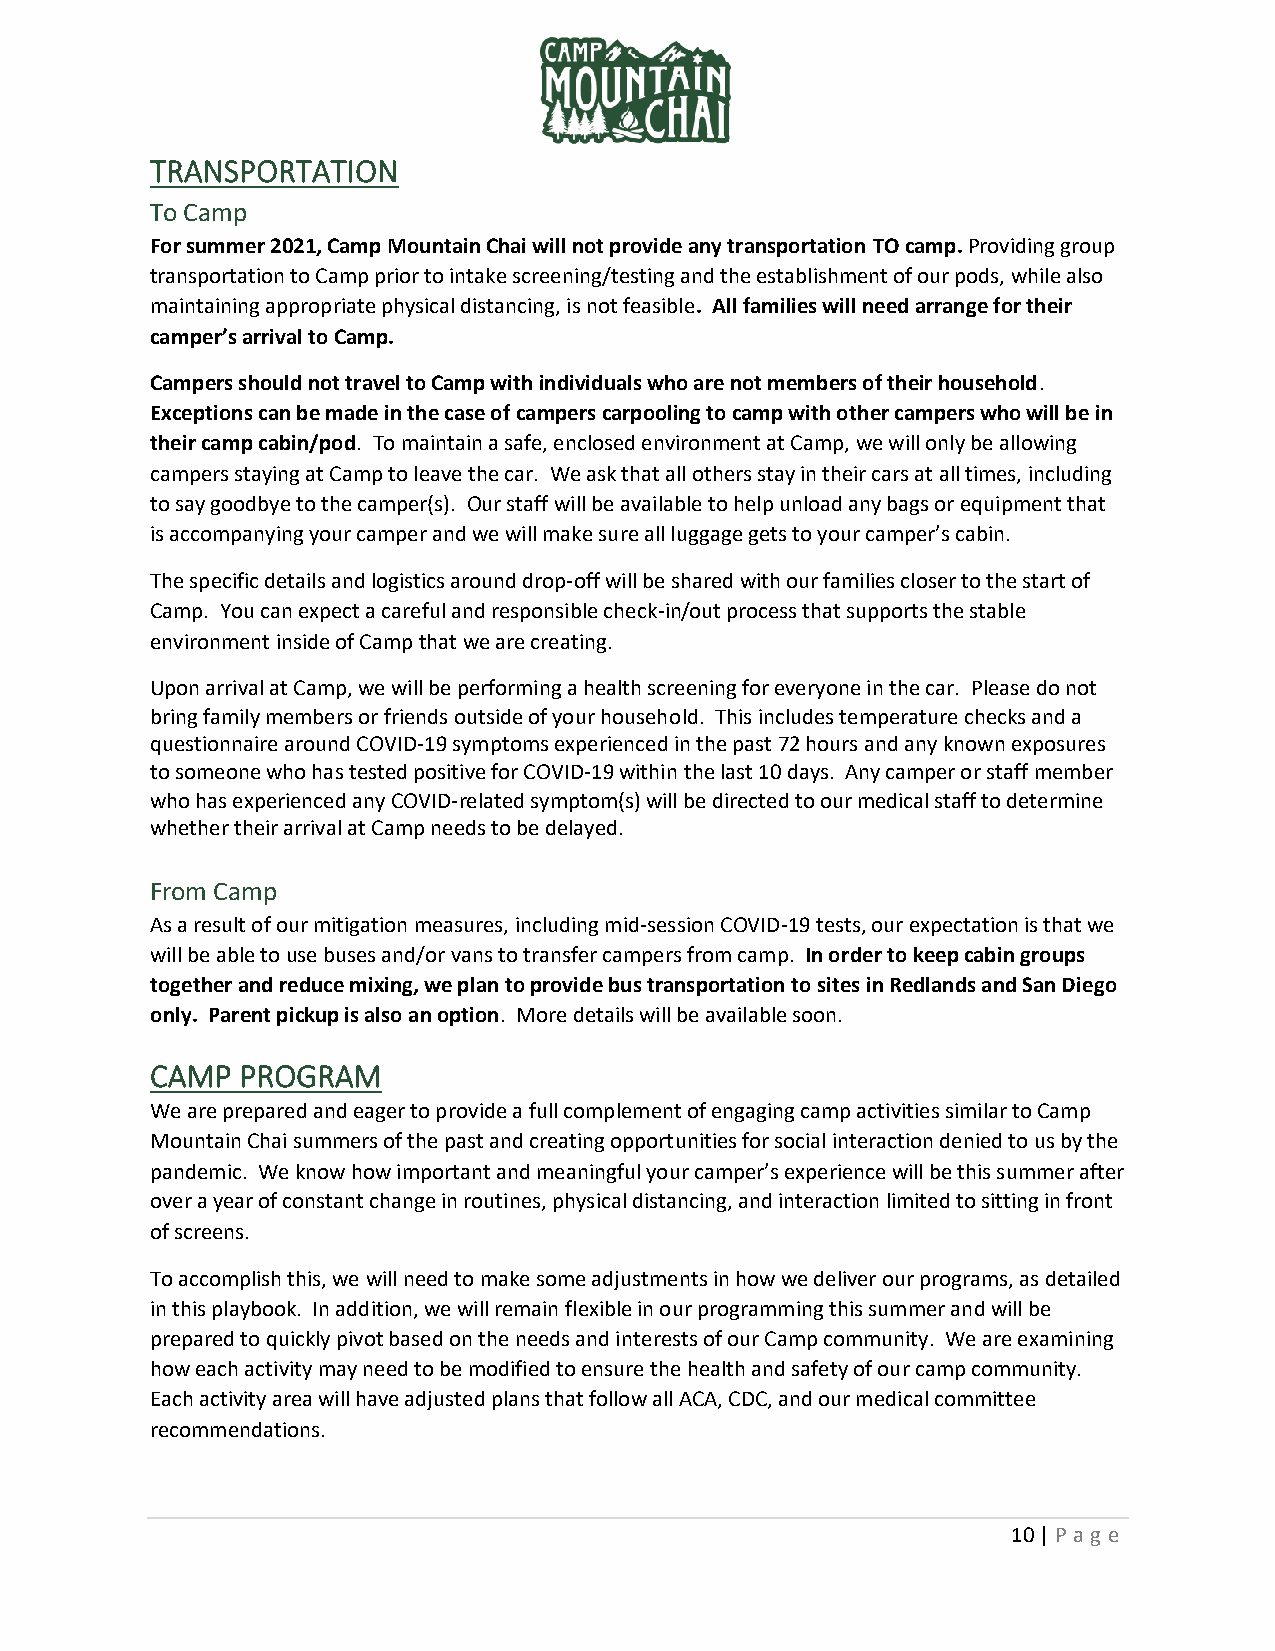
TRANSPORTATION
 To Camp
 For summer 2021, Camp Mountain Chai will not provide any transportation TO camp. Providing group
 transportation to Camp prior to intake screening/testing and the establishment of our pods, while also
 maintaining appropriate physical distancing, is not feasible. All families will need arrange for their
 camper’s arrival to Camp.
 Campers should not travel to Camp with individuals who are not members of their household.
 Exceptions can be made in the case of campers carpooling to camp with other campers who will be in
 their camp cabin/pod. To maintain a safe, enclosed environment at Camp, we will only be allowing
 campers staying at Camp to leave the car. We ask that all others stay in their cars at all times, including
 to say goodbye to the camper(s). Our staff will be available to help unload any bags or equipment that
 is accompanying your camper and we will make sure all luggage gets to your camper’s cabin.
 The specific details and logistics around drop-off will be shared with our families closer to the start of
 Camp. You can expect a careful and responsible check-in/out process that supports the stable
 environment inside of Camp that we are creating.
 Upon arrival at Camp, we will be performing a health screening for everyone in the car. Please do not
 bring family members or friends outside of your household. This includes temperature checks and a
 questionnaire around COVID-19 symptoms experienced in the past 72 hours and any known exposures
 to someone who has tested positive for COVID-19 within the last 10 days. Any camper or staff member
 who has experienced any COVID-related symptom(s) will be directed to our medical staff to determine
 whether their arrival at Camp needs to be delayed.
 From Camp
 As a result of our mitigation measures, including mid-session COVID-19 tests, our expectation is that we
 will be able to use buses and/or vans to transfer campers from camp. In order to keep cabin groups
 together and reduce mixing, we plan to provide bus transportation to sites in Redlands and San Diego
 only. Parent pickup is also an option. More details will be available soon.
 CAMP  PROGRAM
 We are prepared and eager to provide a full complement of engaging camp activities similar to Camp
 Mountain Chai summers of the past and creating opportunities for social interaction denied to us by the
 pandemic. We know how important and meaningful your camper’s experience will be this summer after
 over a year of constant change in routines, physical distancing, and interaction limited to sitting in front
 of screens.
 To accomplish this, we will need to make some adjustments in how we deliver our programs, as detailed
 in this playbook. In addition, we will remain flexible in our programming this summer and will be
 prepared to quickly pivot based on the needs and interests of our Camp community. We are examining
 how each activity may need to be modified to ensure the health and safety of our camp community.
 Each activity area will have adjusted plans that follow all ACA, CDC, and our medical committee
 recommendations.
 10 | P ag e